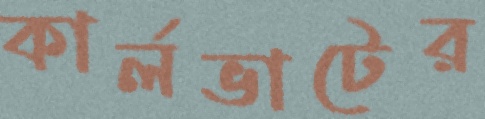
কার্লভাটের